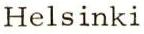
Helsinki